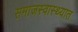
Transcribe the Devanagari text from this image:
समाजस्वास्थ्यात